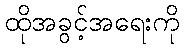
ထိုအခွင့်အရေးကို